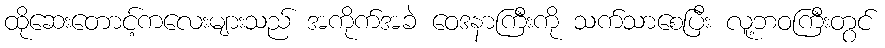
ထိုဆေးတောင့်ကလေးများသည် အကိုက်အခဲ ဝေဒနာကြီးကို သက်သာစေပြီး လူ့ဘဝကြီးတွင်